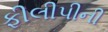
ફીલીપીની